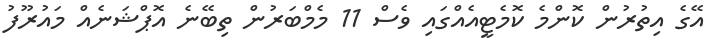
އޭގެ އިތުރުން ކޮންމެ ކޮމެޓީއެއްގައި ވެސް 11 މެމްބަރުން ތިބޭނެ އޮޕްޝަނެއް މައުރޫފު